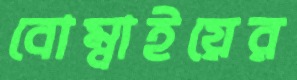
বোম্বাইয়ের